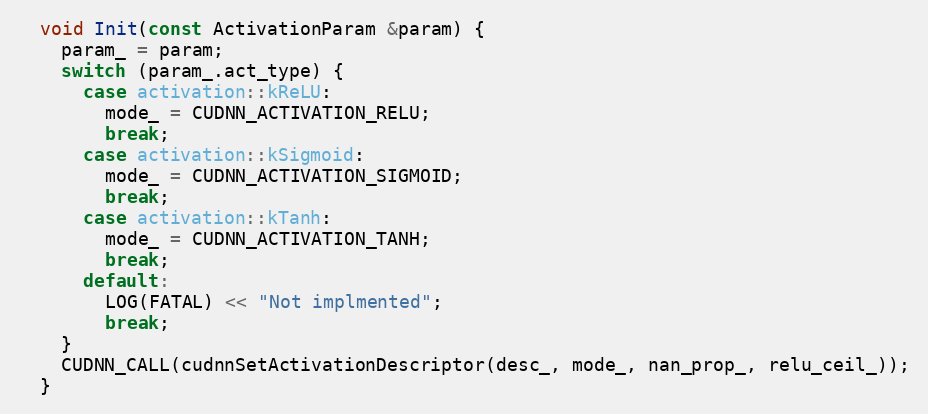
Language: C
  void Init(const ActivationParam &param) {
    param_ = param;
    switch (param_.act_type) {
      case activation::kReLU:
        mode_ = CUDNN_ACTIVATION_RELU;
        break;
      case activation::kSigmoid:
        mode_ = CUDNN_ACTIVATION_SIGMOID;
        break;
      case activation::kTanh:
        mode_ = CUDNN_ACTIVATION_TANH;
        break;
      default:
        LOG(FATAL) << "Not implmented";
        break;
    }
    CUDNN_CALL(cudnnSetActivationDescriptor(desc_, mode_, nan_prop_, relu_ceil_));
  }